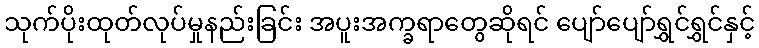
သုက်ပိုးထုတ်လုပ်မှုနည်းခြင်း အပူးအက္ခရာတွေဆိုရင် ပျော်ပျော်ရွှင်ရွှင်နှင့်